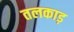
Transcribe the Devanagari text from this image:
तलकाड़